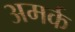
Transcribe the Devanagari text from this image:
अमर्क